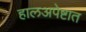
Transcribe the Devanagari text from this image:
हालअपेष्टात